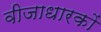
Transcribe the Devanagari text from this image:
वीजाधारकों